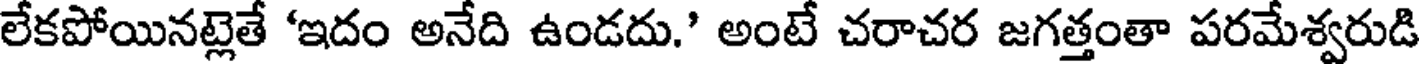
లేకపోయినట్లెతే 'ఇదం అనేది ఉండదు.' అంటే చరాచర జగత్తంతా పరమేశ్వరుడి